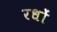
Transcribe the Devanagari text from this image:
रधों